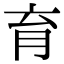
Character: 育